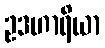
ဥဒဟာရိယာ